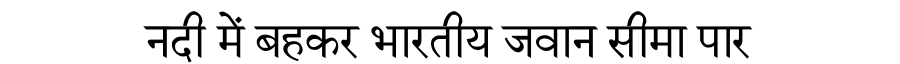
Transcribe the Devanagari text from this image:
नदी में बहकर भारतीय जवान सीमा पार